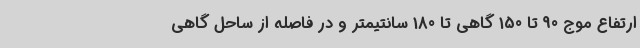
ارتفاع موج 90 تا 150 گاهی تا 180 سانتیمتر و در فاصله از ساحل گاهی